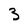
Character: 3